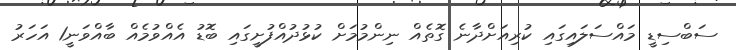
ސަބްސިޑީ މައްސަލައިގައި ކުރިއަށްދާނެ ގޮތެއް ނިންމުމަށް ކުޅުދުއްފުށީގައި ބޮޑު އެއްވުމެއް ބާއްވަނީ1 އަހަރު